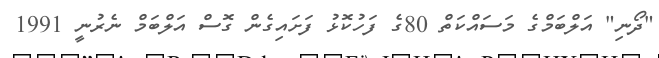
"ދޯނި" އަލްބަމްގެ މަސައްކަތް 80ގެ ފަހުކޮޅު ފަށައިގެން ގޮސް އަލްބަމް ނެރުނީ 1991